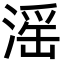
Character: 滛